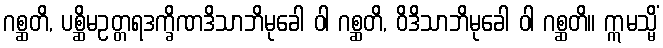
ဂစ္ဆတိ, ပစ္ဆိမဥတ္တရဒက္ခိဏဒိသာဘိမုခေါ ဝါ ဂစ္ဆတိ, ဝိဒိသာဘိမုခေါ ဝါ ဂစ္ဆတိ။ ဣမသ္မိံ